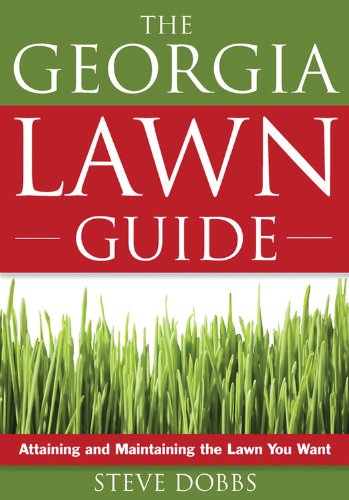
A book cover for Georgia Lawn Guide: Attaining and Maintaining the Lawn You Want (Guide to Midwest and Southern Lawns); Steve Dobbs; Crafts, Hobbies & Home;